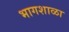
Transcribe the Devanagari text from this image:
भागशाळा